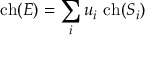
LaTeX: \mathrm { c h } ( { \cal E } ) = \sum _ { i } u _ { i } \ \mathrm { c h } ( S _ { i } )